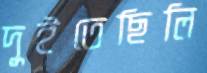
দুইতেছিলি